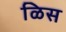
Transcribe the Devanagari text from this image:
ळिस